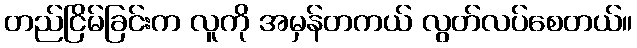
တည်ငြိမ်ခြင်းက လူကို အမှန်တကယ် လွတ်လပ်စေတယ်။